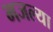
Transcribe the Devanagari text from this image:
भजल्या